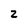
Character: 2